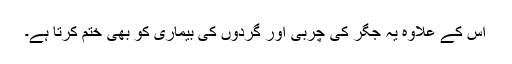
اس کے علاوہ یہ جگر کی چربی اور گردوں کی بیماری کو بھی ختم کرتا ہے۔